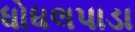
ધોધલપાડા